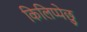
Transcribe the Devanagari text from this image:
किलिप्पेछु